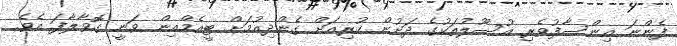
ފެންނަ އިންސާފުވެރި އުސޫލުތަކުގެ ދަށުން ކުރިއަށް ގެންދިއުމަށް ޓީއެމްއިން ވަނީ ގޮވާލާފަ އެވެ.